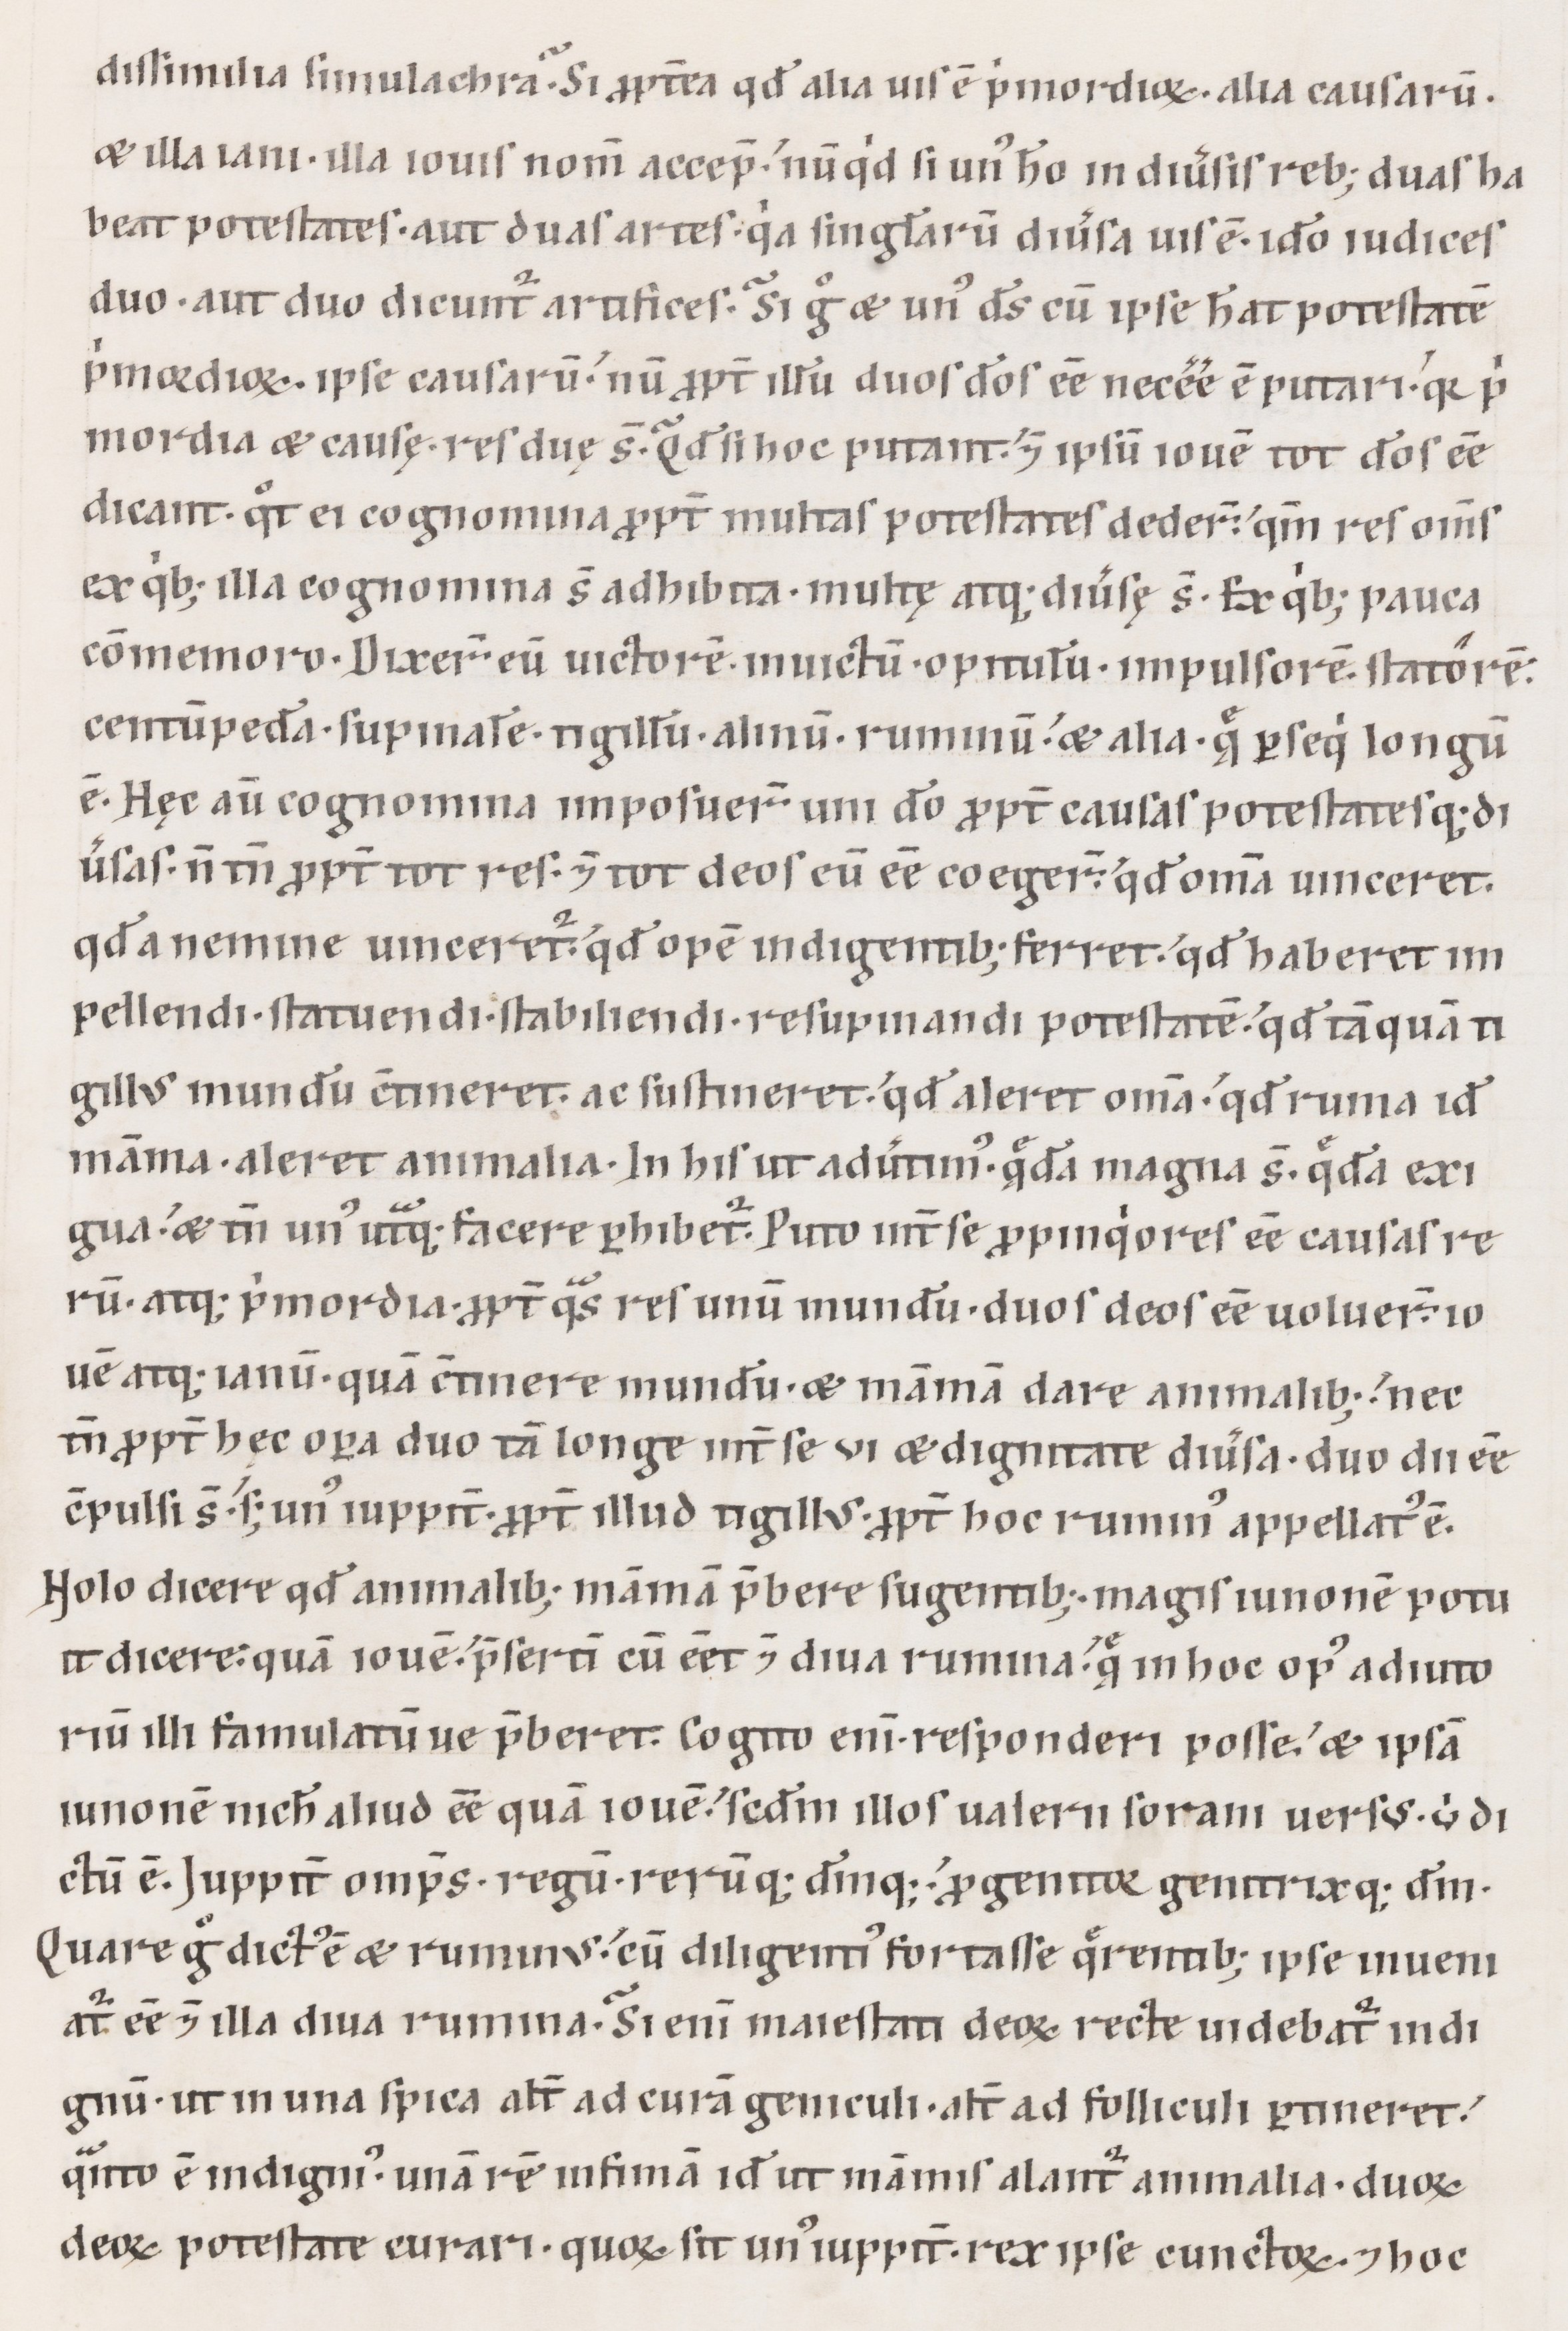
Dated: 1100–1199